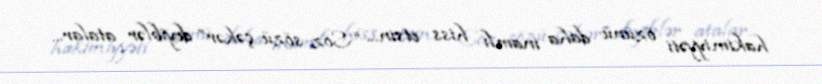
hakimiyyəti özünü daha inamlı hiss etsin... “Söz sözü çəkər” deyiblər atalar...